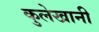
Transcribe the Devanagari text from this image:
कुलेखानी